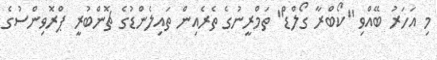
މި އަހަރު ބޭއްވި "ކޯބްރާ ގޯލްޑް" ތަމްރީނުގެ ތެރެއިން ތައިލެންޑުގެ ޗޮންބުރީ ޕްރޮވިންސުގެ